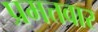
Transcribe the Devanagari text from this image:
प्रमत्तवार